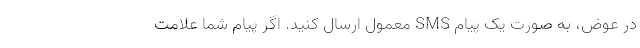
در عوض، به صورت یک پیام SMS معمول ارسال کنید. اگر پیام شما علامت